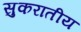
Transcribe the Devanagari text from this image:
सुकरातीय